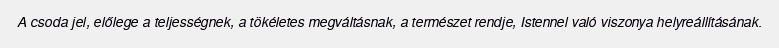
A csoda jel, előlege a teljességnek, a tökéletes megváltásnak, a természet rendje, Istennel való viszonya helyreállításának.